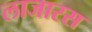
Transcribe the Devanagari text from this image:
लाजारस